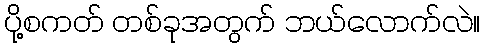
ပို့စကတ် တစ်ခုအတွက် ဘယ်လောက်လဲ။